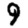
Digit: 9